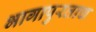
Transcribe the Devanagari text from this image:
भागापुरताच